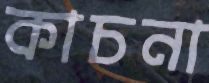
কাচনা